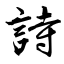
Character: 詩